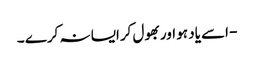
- اسے یاد ہو اوربھول کرایسا نہ کرے ۔